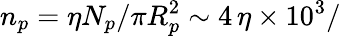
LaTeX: n_{p}=\eta N_{p}/\pi R_{p}^{2}\sim 4\, \eta\times 10^{3}/